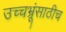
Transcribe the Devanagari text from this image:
उच्चभ्रूंसाठीच